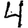
Digit: 4